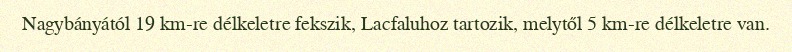
Nagybányától 19 km-re délkeletre fekszik, Lacfaluhoz tartozik, melytől 5 km-re délkeletre van.